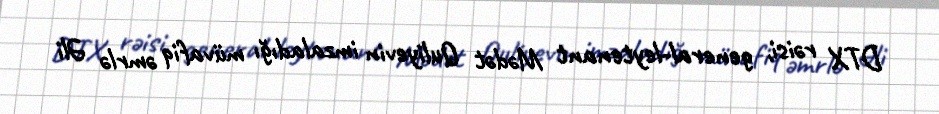
DTX rəisi, general-leytenant Mədət Quliyevin imzaladığı müvafiq əmrlə Əli